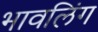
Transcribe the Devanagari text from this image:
भावलिंग